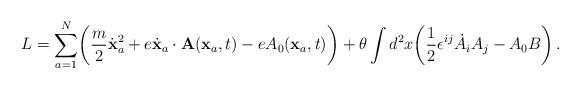
LaTeX: \begin{align*}L=\sum_{a=1}^N\biggl({m\over 2}{\dot {\bf x}}^2_a +e {\dot{\bf x}_a}\cdot{\bf A }({\bf x}_a,t) -eA_0({\bf x}_a,t)\biggr) +\theta\int d^2 x \biggl({1\over 2}\epsilon^{ij}{\dot A}_iA_j -A_0B\biggr)\,.\end{align*}